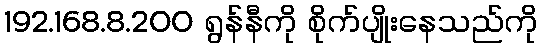
192.168.8.200 ရွန်နီကို စိုက်ပျိုးနေသည်ကို